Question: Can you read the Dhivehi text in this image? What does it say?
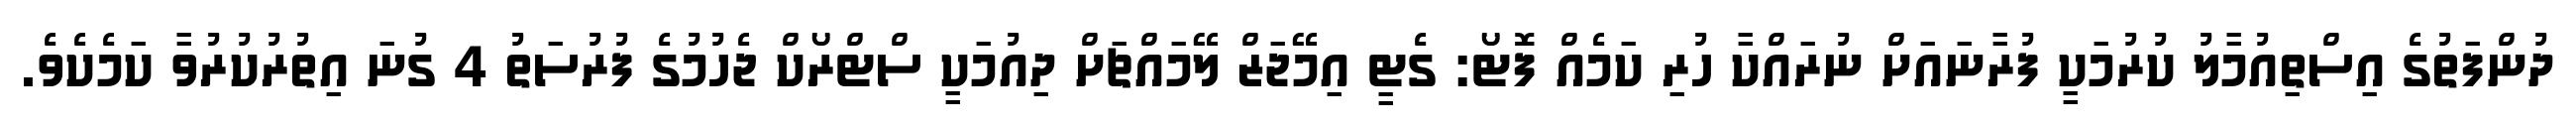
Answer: ދުންފަތުގެ އިސްތިއުމާލު ކުރުމަކީ ފުރާނައަށް ނުރައްކާ ހުރި ކަމެއް ފޮޓޯ: ގެޓީ އިމޭޖަޒް ލޭމައްޗަށް ދިއުމަކީ ސްޓްރޯކް ޖެހުމުގެ ފުރުސަތު 4 ގުނަ އިތުރުކުރުވާ ކަމެކެވެ.